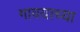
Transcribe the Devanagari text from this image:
गावयाच्या